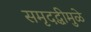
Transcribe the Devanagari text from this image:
समृदद्धीमुळे